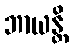
ဘာယန္တိ